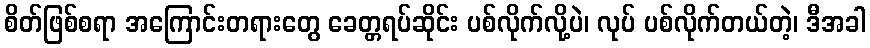
စိတ်ဖြစ်စရာ အကြောင်းတရားတွေ ခေတ္တရပ်ဆိုင်း ပစ်လိုက်လို့ပဲ၊ လုပ် ပစ်လိုက်တယ်တဲ့၊ ဒီအခါ